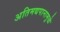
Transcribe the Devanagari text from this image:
अतिमद्यपानामुळे